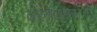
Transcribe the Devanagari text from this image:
बलरामांचे